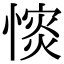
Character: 𢠡